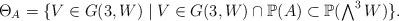
LaTeX: \begin{align*}\Theta_A=\{V\in G(3,W)\mid V\in G(3,W)\cap\mathbb{P}(A)\subset \mathbb{P}(\textstyle\bigwedge^3 W) \} .\end{align*}